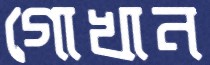
গোখান